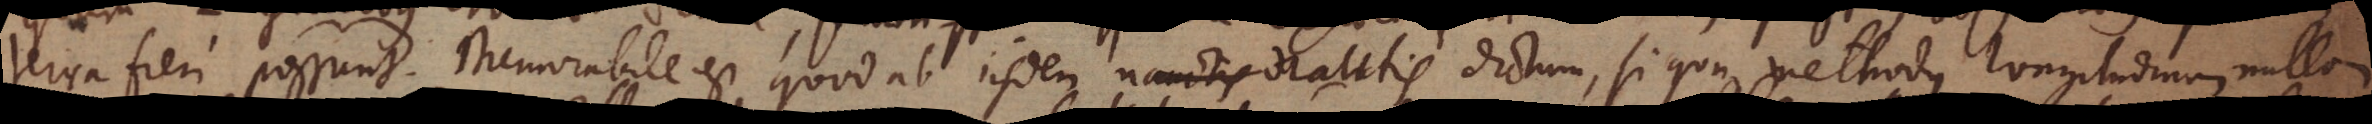
terra fieri possunt. Memorabile est quod ab iisdem nautis dictum, si qua methodus longitudinum nullam